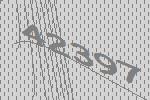
42397